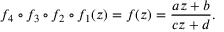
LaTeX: f _ { 4 } \circ f _ { 3 } \circ f _ { 2 } \circ f _ { 1 } ( z ) = f ( z ) = { \frac { a z + b } { c z + d } } .